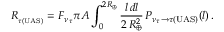
R _ { _ { \tau ( \mathrm { U A S } ) } } = F _ { \nu _ { \tau } } \pi A \int _ { 0 } ^ { 2 R _ { \oplus } } \frac { l \, d l } { 2 \, R _ { \oplus } ^ { 2 } } \, P _ { { \nu _ { \tau } } \rightarrow { \tau ( \mathrm { U A S ) } } } ( l ) \, .